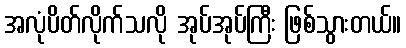
အလုံပိတ်လိုက်သလို အုပ်အုပ်ကြီး ဖြစ်သွားတယ်။